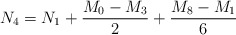
\begin{align*}N_4 = N_1 +{{M_0-M_3}\over 2}+{{M_8-M_1}\over 6}\end{align*}